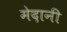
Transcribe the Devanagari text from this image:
मेदानी